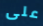
على